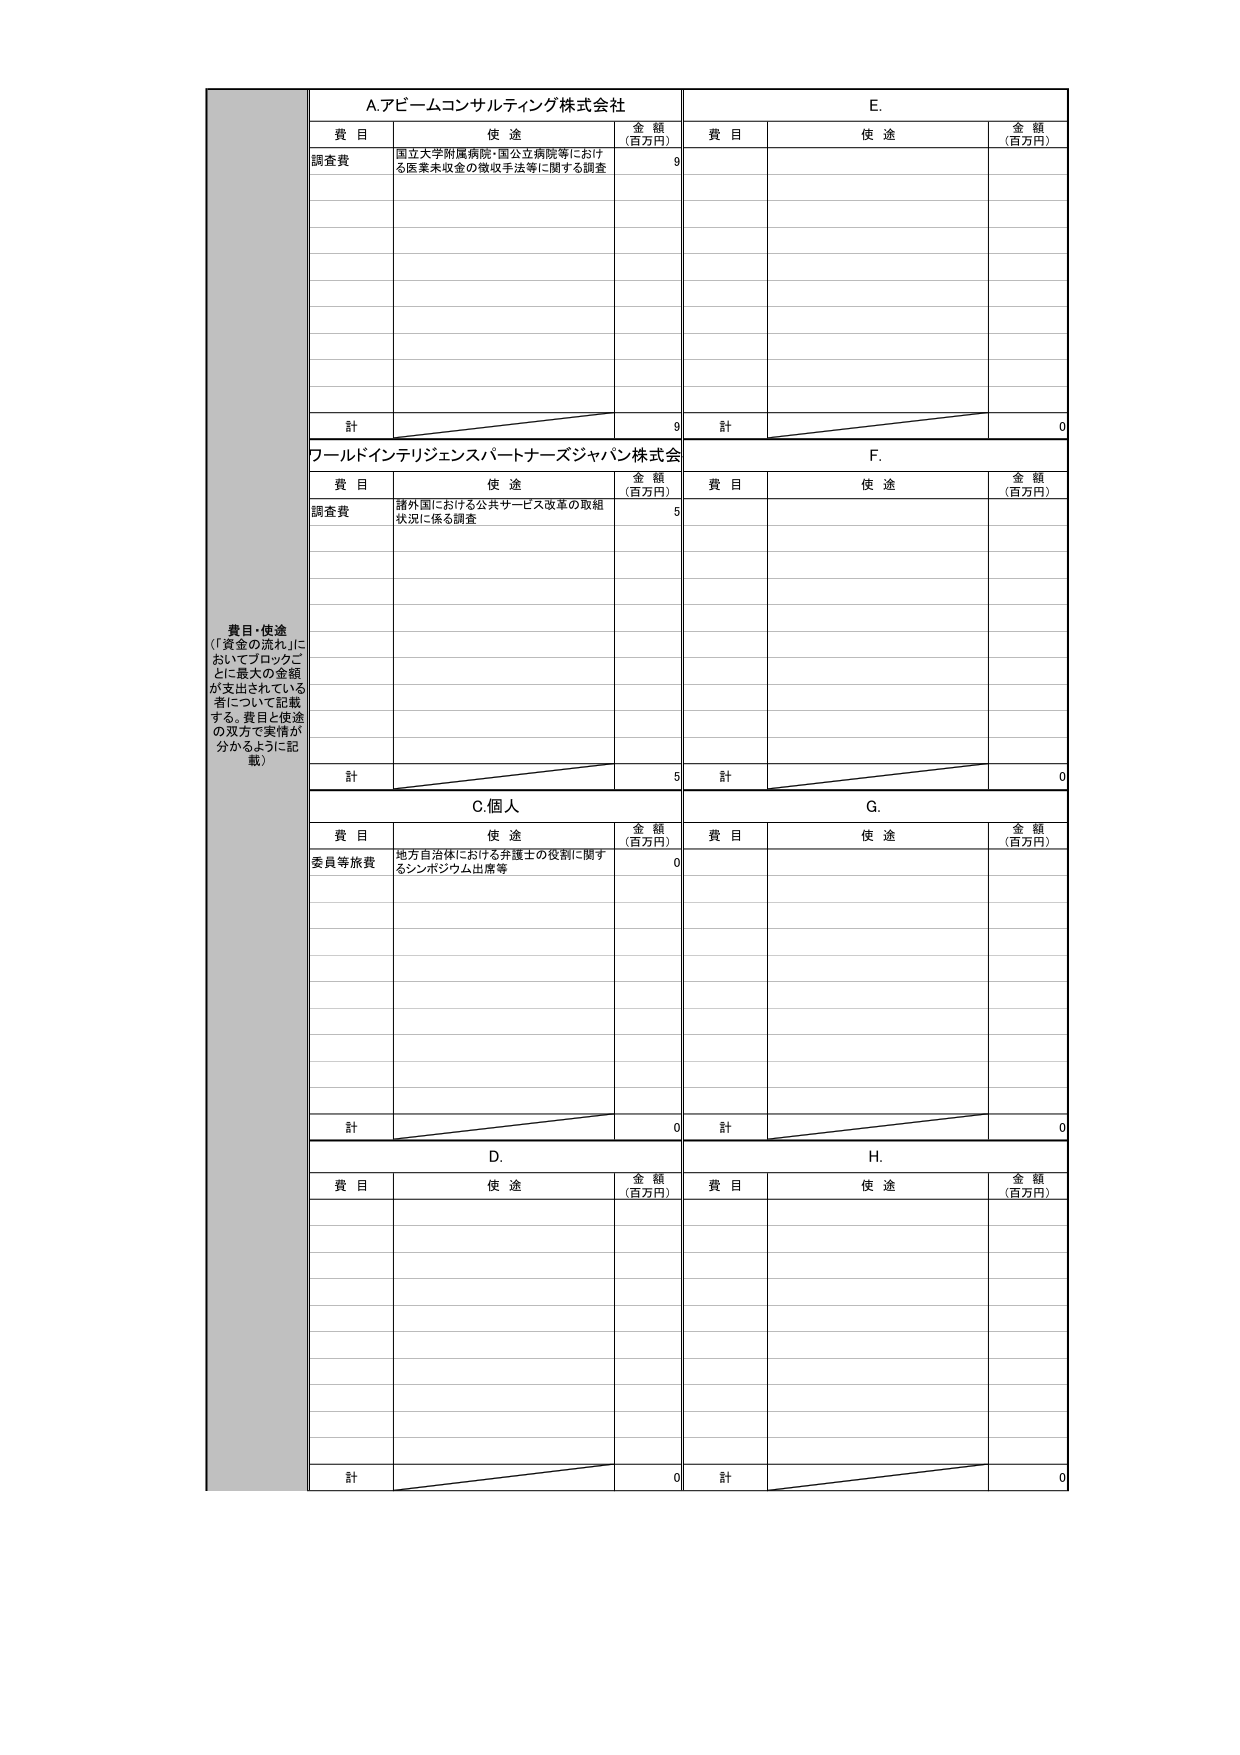
費目・使途
（「資金の流れ」においてブロックごとに最大の金額が支出されている者について記載する。費目と使途の双方で実情が分かるように記載）

A.アビームコンサルティング株式会社
費目 使途 金額（百万円）
調査費 国立大学附属病院・国公立病院等における医業未収金の徴収手法等に関する調査 9
計 9

E.
費目 使途 金額（百万円）
計 0

ワールドインテリジェンスパートナーズジャパン株式会社
費目 使途 金額（百万円）
調査費 諸外国における公共サービス改革の取組状況に係る調査 5
計 5

F.
費目 使途 金額（百万円）
計 0

C.個人
費目 使途 金額（百万円）
委員等旅費 地方自治体における弁護士の役割に関するシンポジウム出席等 0
計 0

G.
費目 使途 金額（百万円）
計 0

D.
費目 使途 金額（百万円）
計 0

H.
費目 使途 金額（百万円）
計 0